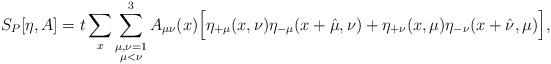
\begin{align*}S_P[\eta, A] = t \sum_x \sum_{\stackrel{\scriptstyle \mu, \nu = 1}{\mu < \nu}}^3A_{\mu \nu}(x) \Big[\eta_{+\mu}(x,\nu) \eta_{-\mu}(x+\hat{\mu},\nu) +\eta_{+\nu}(x,\mu) \eta_{-\nu}(x+\hat{\nu},\mu) \Big],\end{align*}